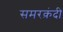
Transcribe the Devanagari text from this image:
समरक़ंदी